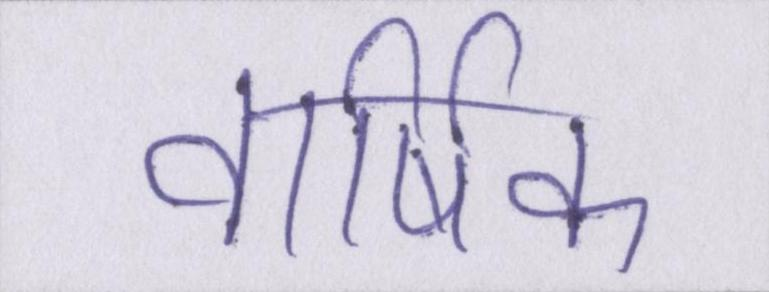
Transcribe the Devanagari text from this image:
वार्षिक